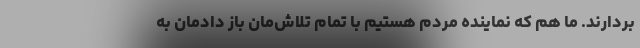
بردارند. ما هم که نماینده مردم هستیم با تمام تلاش‌مان باز دادمان به